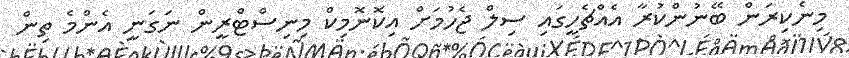
މިނެކިރަން ބޭނުންކުރާ އެއްޗެހީގައި ސިލް ޖެހުމަށް އިކޮނޮމިކް މިނިސްޓްރީން ނަގަނީ އެންމެ ތިން